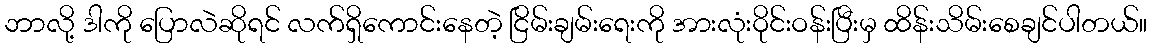
ဘာလို့ ဒါကို ပြောလဲဆိုရင် လက်ရှိကောင်းနေတဲ့ ငြိမ်းချမ်းရေးကို အားလုံးဝိုင်းဝန်းပြီးမှ ထိန်းသိမ်းစေချင်ပါတယ်။